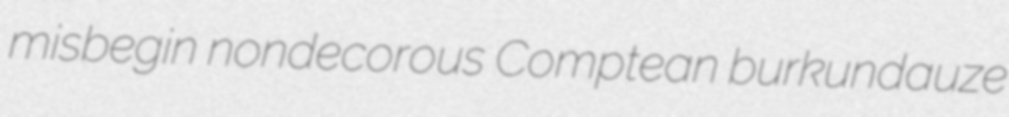
misbegin nondecorous Comptean burkundauze